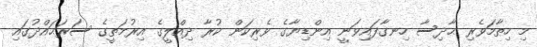
މި ހިތާމަވެރި ޙާދިސާ ހިނގާފައިވަނީ އިންޑިޔާގެ ވެރިކަން ކުރާ ދިއްލީގެ އިރުމަތީގެ ސަރަޙައްދުގައި